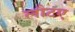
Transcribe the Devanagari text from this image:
लौटए